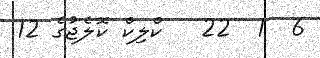
6  1  22   ކްލިކް ކޮލެޖުގެ 12